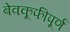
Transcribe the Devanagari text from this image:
बेवकूफीपूर्ण